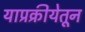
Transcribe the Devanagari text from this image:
याप्रक्रीयेतून